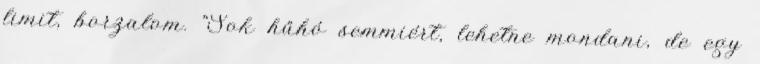
limit, borzalom. "Sok hűhó semmiért, lehetne mondani, de egy